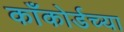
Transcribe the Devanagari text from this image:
काँकोर्डच्या